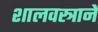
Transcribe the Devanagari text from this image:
शालवस्त्रानें